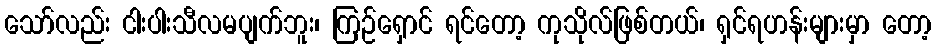
သော်လည်း ငါးပါးသီလမပျက်ဘူး၊ ကြဉ်ရှောင် ရင်တော့ ကုသိုလ်ဖြစ်တယ်၊ ရှင်ရဟန်းများမှာ တော့